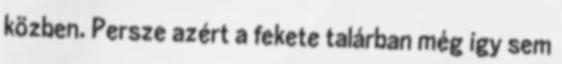
közben. Persze azért a fekete talárban még így sem